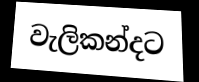
වැලිකන්දට